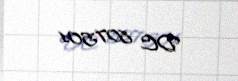
DC 807501